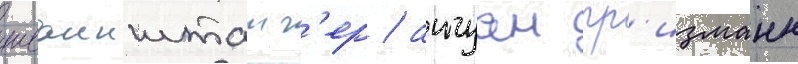
шваинштаиг'ер / антуан гр'изманн